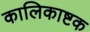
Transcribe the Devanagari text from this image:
कालिकाष्टक